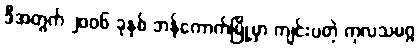
ဒီအတွက် ၂၀၀၆ ခုနှစ် ဘန်ကောက်မြို့မှာ ကျင်းပတဲ့ ကုလသမဂ္ဂ